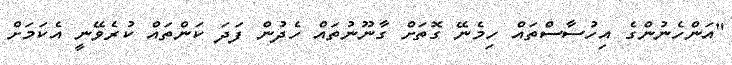
"އަންހެނުންގެ އިހުސާސްތައް ހިމެނޭ ގޮތަށް ގާނޫނުތައް ހެދުން ފަދަ ކަންތައް ކުރެވޭނީ އެކަމަަށް